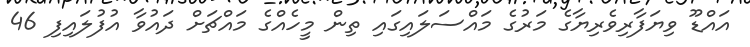
އައްޑޫ ވިޔަފާރިވެރިޔާގެ މަރުގެ މައްސަލައިގައި ތިން މީހެއްގެ މައްޗަށް ދައުވާ އުފުލައިފި 46